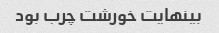
بینهایت خورشت چرب بود